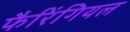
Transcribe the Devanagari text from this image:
फैरिंगियल